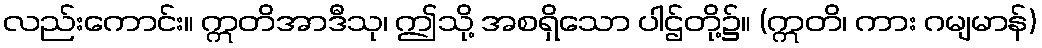
လည်းကောင်း။ ဣတိအာဒီသု၊ ဤသို့ အစရှိသော ပါဌ်တို့၌။ (ဣတိ၊ ကား ဂမျမာန်)